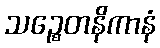
သဉ္စေတနိကာနံ